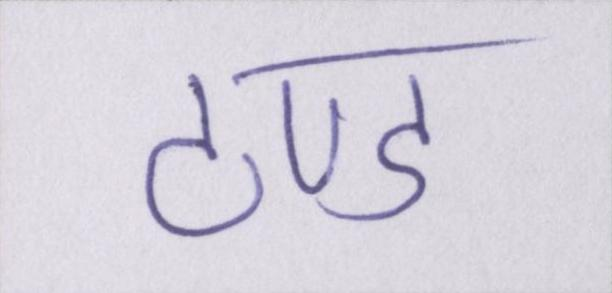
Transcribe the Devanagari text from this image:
ठण्ड